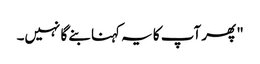
" پھر آپ کا یہ کہنا بنے گا نہیں۔